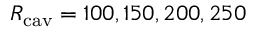
R _ { \mathrm { c a v } } = 1 0 0 , 1 5 0 , 2 0 0 , 2 5 0